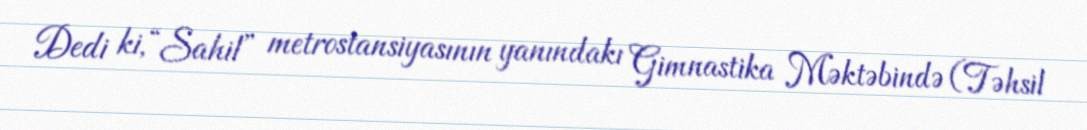
Dedi ki, “Sahil” metrostansiyasının yanındakı Gimnastika Məktəbində (Təhsil